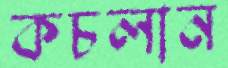
কচলান